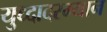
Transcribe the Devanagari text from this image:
युध्दादरम्यान